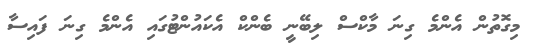
މިގޮތުން އެންމެ ގިނަ މާކްސް ލިބޭނީ ބެންކް އެކައުންޓުގައި އެންމެ ގިނަ ފައިސާ